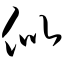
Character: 似